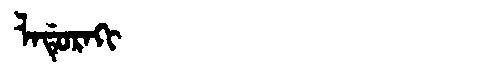
Manchu: ᠯᠠᡩᡠᡵᠠᡴᡳ
Romanization: LADURAKI